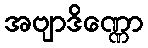
အဗျာဒိဏ္ဏော